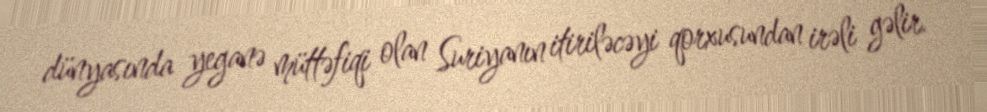
dünyasında yeganə müttəfiqi olan Suriyanın itiriləcəyi qorxusundan irəli gəlir.